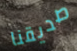
صديقنا